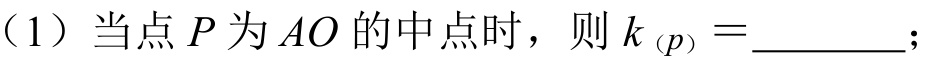
（1）当点 \(P\) 为 \(AO\) 的中点时，则 \(k_{(p)}=\underline{\quad\quad}\)；